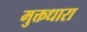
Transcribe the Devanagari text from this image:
मुक्तधारा